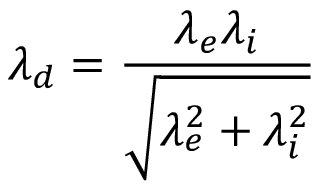
\lambda _ { d } = \frac { \lambda _ { e } \lambda _ { i } } { \sqrt { \lambda _ { e } ^ { 2 } + \lambda _ { i } ^ { 2 } } }